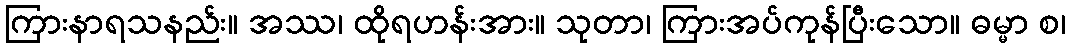
ကြားနာရသနည်း။ အဿ၊ ထိုရဟန်းအား။ သုတာ၊ ကြားအပ်ကုန်ပြီးသော။ ဓမ္မာ စ၊